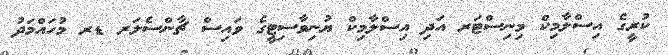
ކުރީގެ އިސްލާމިކް މިނިސްޓަރ އަދި އިސްލާމިކް ޔުނިވާސިޓީގެ ވައިސް ޗާންސެލަރ ޑރ މުހައްމަދު